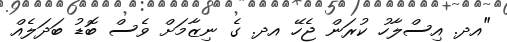
"އދ. އިސްލާހު ކުރަން ޖެހޭ އދ. ގެ ނިޒާމަށް ވެސް ބޮޑު ބަދަލެއް